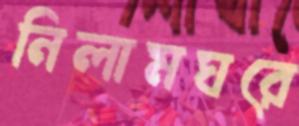
নিলামঘরে